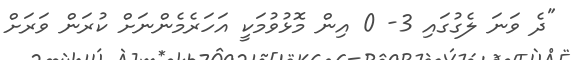
"ދެ ވަނަ ލެގުގައި 3- 0 އިން މޮޅުވުމަކީ އަހަރެމެންނަށް ކުރަން ވަރަށް